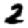
Digit: 2